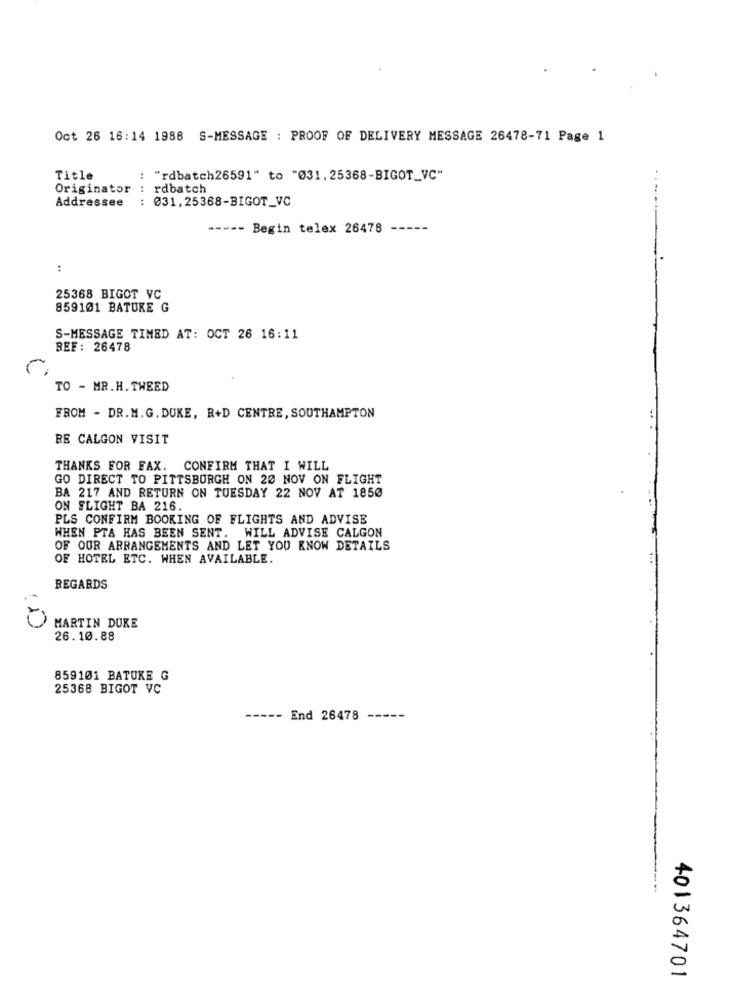
Oct 26 16:14 1988 S-MESSAGE : PROOF OF DELIVERY MESSAGE 26478-71 Page 1
Title
"rdbatch26591" to "031, 25368-BIGOT_VC"
Originator : rdbatch
Addressee
031, 25368-BIGOT_VC
----- Begin telex 26478
:
25368 BIGOT VC
859101 BATUKE G
S-MESSAGE TIMED AT: OCT 26 16:11
REF: 26478
TO - MR.H. TWEED
FROM - DR.M.G. DUKE, R+D CENTRE, SOUTHAMPTON
RE CALGON VISIT
THANKS FOR FAX. CONFIRM THAT I WILL
GO DIRECT TO PITTSBURGH ON 20 NOV ON FLIGHT
BA 217 AND RETURN ON TUESDAY 22 NOV AT 1850
ON FLIGHT BA 216.
PLS CONFIRM BOOKING OF FLIGHTS AND ADVISE
WHEN PTA HAS BEEN SENT. WILL ADVISE CALGON
OF OUR ARRANGEMENTS AND LET YOU KNOW DETAILS
OF HOTEL ETC. WHEN AVAILABLE.
REGARDS
0
MARTIN DUKE
26.10.88
859101 BATUKE G
25368 BIGOT VC
-- End 26478
----
401364701